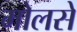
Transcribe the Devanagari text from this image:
मोलसे